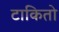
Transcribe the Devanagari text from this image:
टाकितो